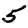
Digit: 5